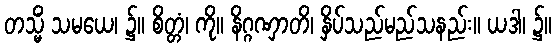
တသ္မိံ သမယေ၊ ၌။ စိတ္တံ၊ ကို။ နိဂ္ဂဏှာတိ၊ နှိပ်သည်မည်သနည်း။ ယဒါ၊ ၌။